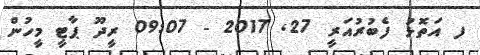
ފ އަތޮޅު ފެބުރުއަރީ 27